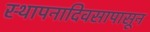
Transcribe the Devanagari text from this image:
स्थापनादिवसापासून